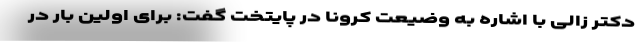
دکتر زالی با اشاره به وضیعت کرونا در پایتخت گفت: برای اولین بار در